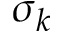
\sigma _ { k }